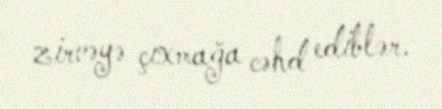
zirvəyə çıxmağa cəhd ediblər.